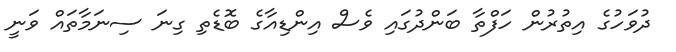
ދުވަހުގެ އިތުރުން ހަފްތާ ބަންދުގައި ވެސް އިންޑިއާގެ ބޮޑެތި ގިނަ ސިނަމާތައް ވަނީ